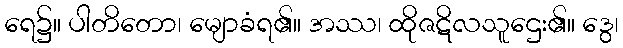
ရေ၌။ ပါတိတော၊ မျောခံရ၏။ အဿ၊ ထိုဇဋိလသူဌေး၏။ ဒွေ၊